Annual report of the Madras Medical College
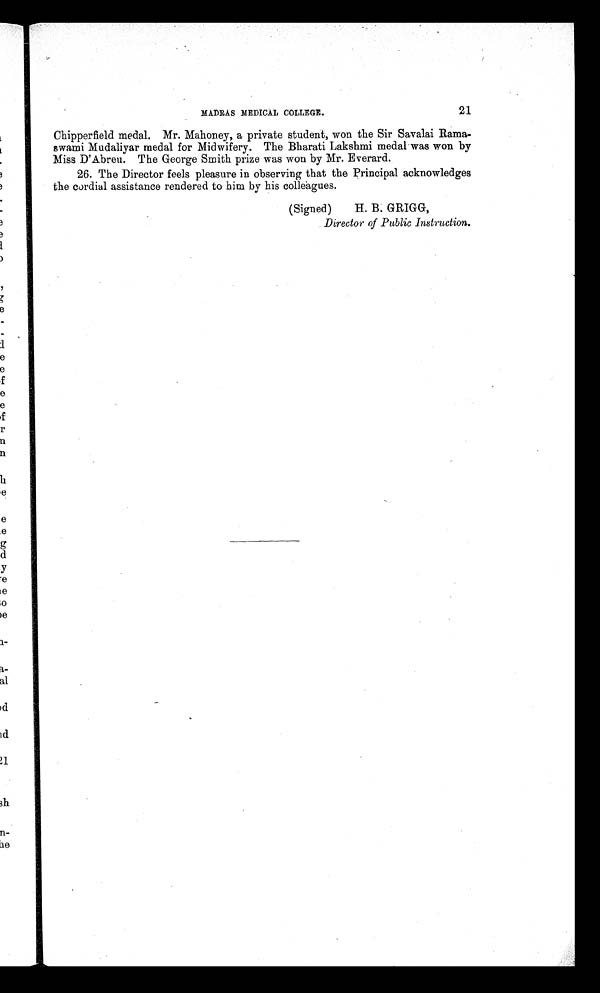
21
MADRAS MEDICAL COLLEGE.
Chipperfield medal. Mr. Mahoney, a private student, won the Sir Savalai Rama
¬ s w a m i M u d a l i y a r m e d a l f o r M i d w i f e r y . T h e B h a r a t i L a k s h m i m e d a l w a s w o n b y
Miss D’Abreu. The George Smith prize was won by Mr. Everard.
26. The Director feels pleasure in observing that the Principal acknowledges
the cordial assistance rendered to him by his colleagues.
(Signed)
H. B. GRIGG,
Director of Public Instruction.